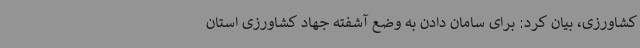
کشاورزی، بیان کرد: برای سامان دادن به وضع آشفته جهاد کشاورزی استان